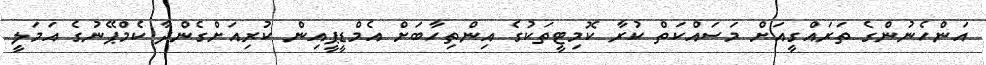
އަންހެނުންގެ ތަރައްގީއަށް މަސައްކަތް ކުރާ ކޮމިޓީތަކުގެ އިންތިހާބަށް އެމްޑީޕީއިން ކުރިއަށްގެންދާ ކެމްޕޭނުގެ އަމަލީ